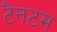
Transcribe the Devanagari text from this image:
टैनटम